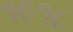
૧૯૧૮